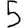
Digit: 5